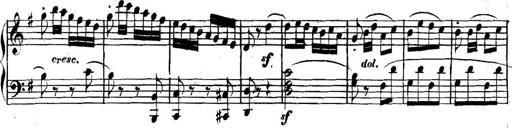
Title: Collected Piano Sonatas
Composer: Muzio Clementi